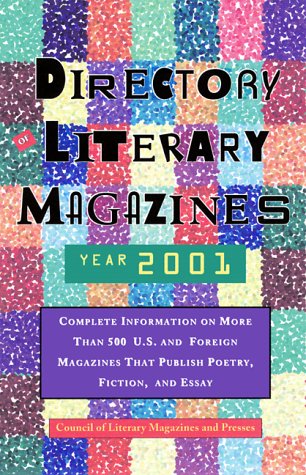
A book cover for Directory of Literary Magazines 2001 (Clmp Directory of Literary Magazines and Presses); Humor & Entertainment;